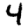
Digit: 4